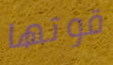
قوتها